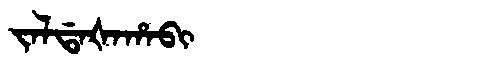
Manchu: ᠵᠠᠯᡩᠠᡧᠠᡥᠠᠪᡳ
Romanization: JALDAŠAHABI